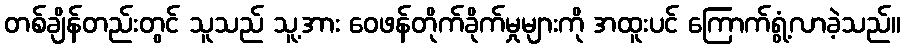
တစ်ချိန်တည်းတွင် သူသည် သူ့အား ဝေဖန်တိုက်ခိုက်မှုများကို အထူးပင် ကြောက်ရွံ့လာခဲ့သည်။